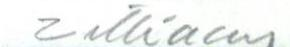
Zilliacus